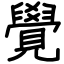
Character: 覺